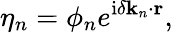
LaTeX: \eta_{n}=\phi_{n}e^{\mathrm{i}\delta\mathbf{k}_{n}\cdot\mathbf{r}},